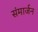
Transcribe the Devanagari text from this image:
संमार्जन